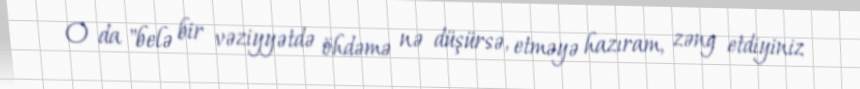
O da "belə bir vəziyyətdə öhdəmə nə düşürsə, etməyə hazıram, zəng etdiyiniz